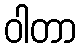
ဝါတာ